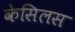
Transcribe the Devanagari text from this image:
केसिलस